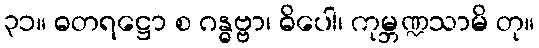
၃၁။ ဓတရဋ္ဌော စ ဂန္ဓဗ္ဗာ၊ ဓိပေါ၊ ကုမ္ဘဏ္ဍသာမိ တု။